Burma Government Medical School reports 1923-41
Year: 1923
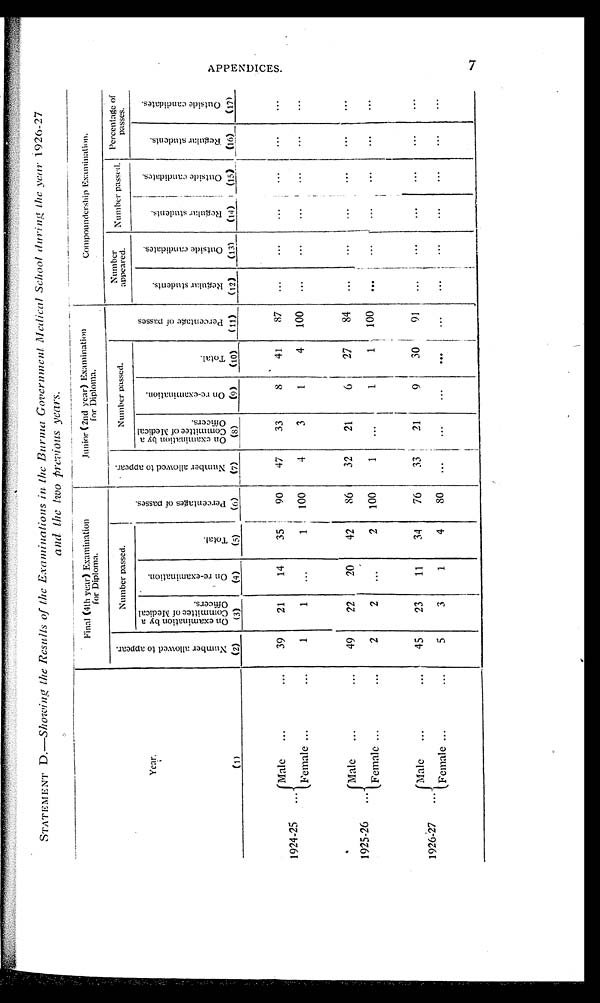
STATEMENT D.—Showing the Results of the Examinations in the Burma Gover
nment Medical School during the year 1926-27
and the two previous years.
Year.
Final (4th year) Examination
for Diploma.
Junior (2nd year) Examination
for Diploma.
Compoundership Examination.
N u m b e r
a l l o w e d t o a p p e a r .
Number passed.
I
P e r c e n t a g e s o f p a s s e s .
N u m b e r
a l l o w e d t o a p p e a r .
Number passed.
P e r c e n t a g e s o f p a s s e s .
Number appear ed.
Number passed. Percentage of
passes.
O n e x a m i n a t i o n b y a C o m m i t t e e o f M e d i c a l O f f i c e r s .
O n r e - e x a m i n a t i o n .
T o t a l
O n e x a m i n a t i o n b y a C o m m i t t e e o f M e d i c a l O f f i c e r s .
0 U 0
O n r e - e x a m i n a t i o n .
T o t a l .
R e g u l a r s t u d e n t s .
O u t s i d e c a n d i d a t e s .
R e g u l a r s t u d e n t s .
O u t s i d e c a n d i d a t e s .
R e g u l a r s t u d e n t s .
O u t s i d e c a n d i d a t e s .
( 1 )
(2)
( 3 )
( 3)
(4)
(5)
(6)
(7)
(8)
(9)
(10)
(11)
(12)
(13)
(14)
(15)
(16)
(17)
1924-25
{Male
...
. . . . . . . . .
39
21
14
35
90
47
33
8
41
87
...
. . .
...
.....
. . . . . . .
.
...
. . .
Female ...
...
1
1
...
1
100
4
3
1
4
100
...
...
...
...
...
...
•
1925-26
{Male
...
. . . . . . . . .
49
22
20
42
86
32
21
6
2 7
84
. . .
. . .
...
. . ...
. . . . . . . . .
. . ...
...
Female ...
...
2
2
...
2
100
1
...
1
1
100
...
...
...
...
.
1926-27
(Male
...
...
...-;
45
23
11
34
76
33
21
9
30
9 1
...
...
...
...
(Female ...
. . . . . .
5
3
1
4
80
...
...
...
...
...
...
...
...
. . . . . . . . .
t 7-1
t,1